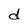
Character: d